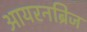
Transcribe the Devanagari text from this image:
आयरनब्रिज